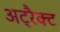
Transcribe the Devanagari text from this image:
अट्रैक्ट